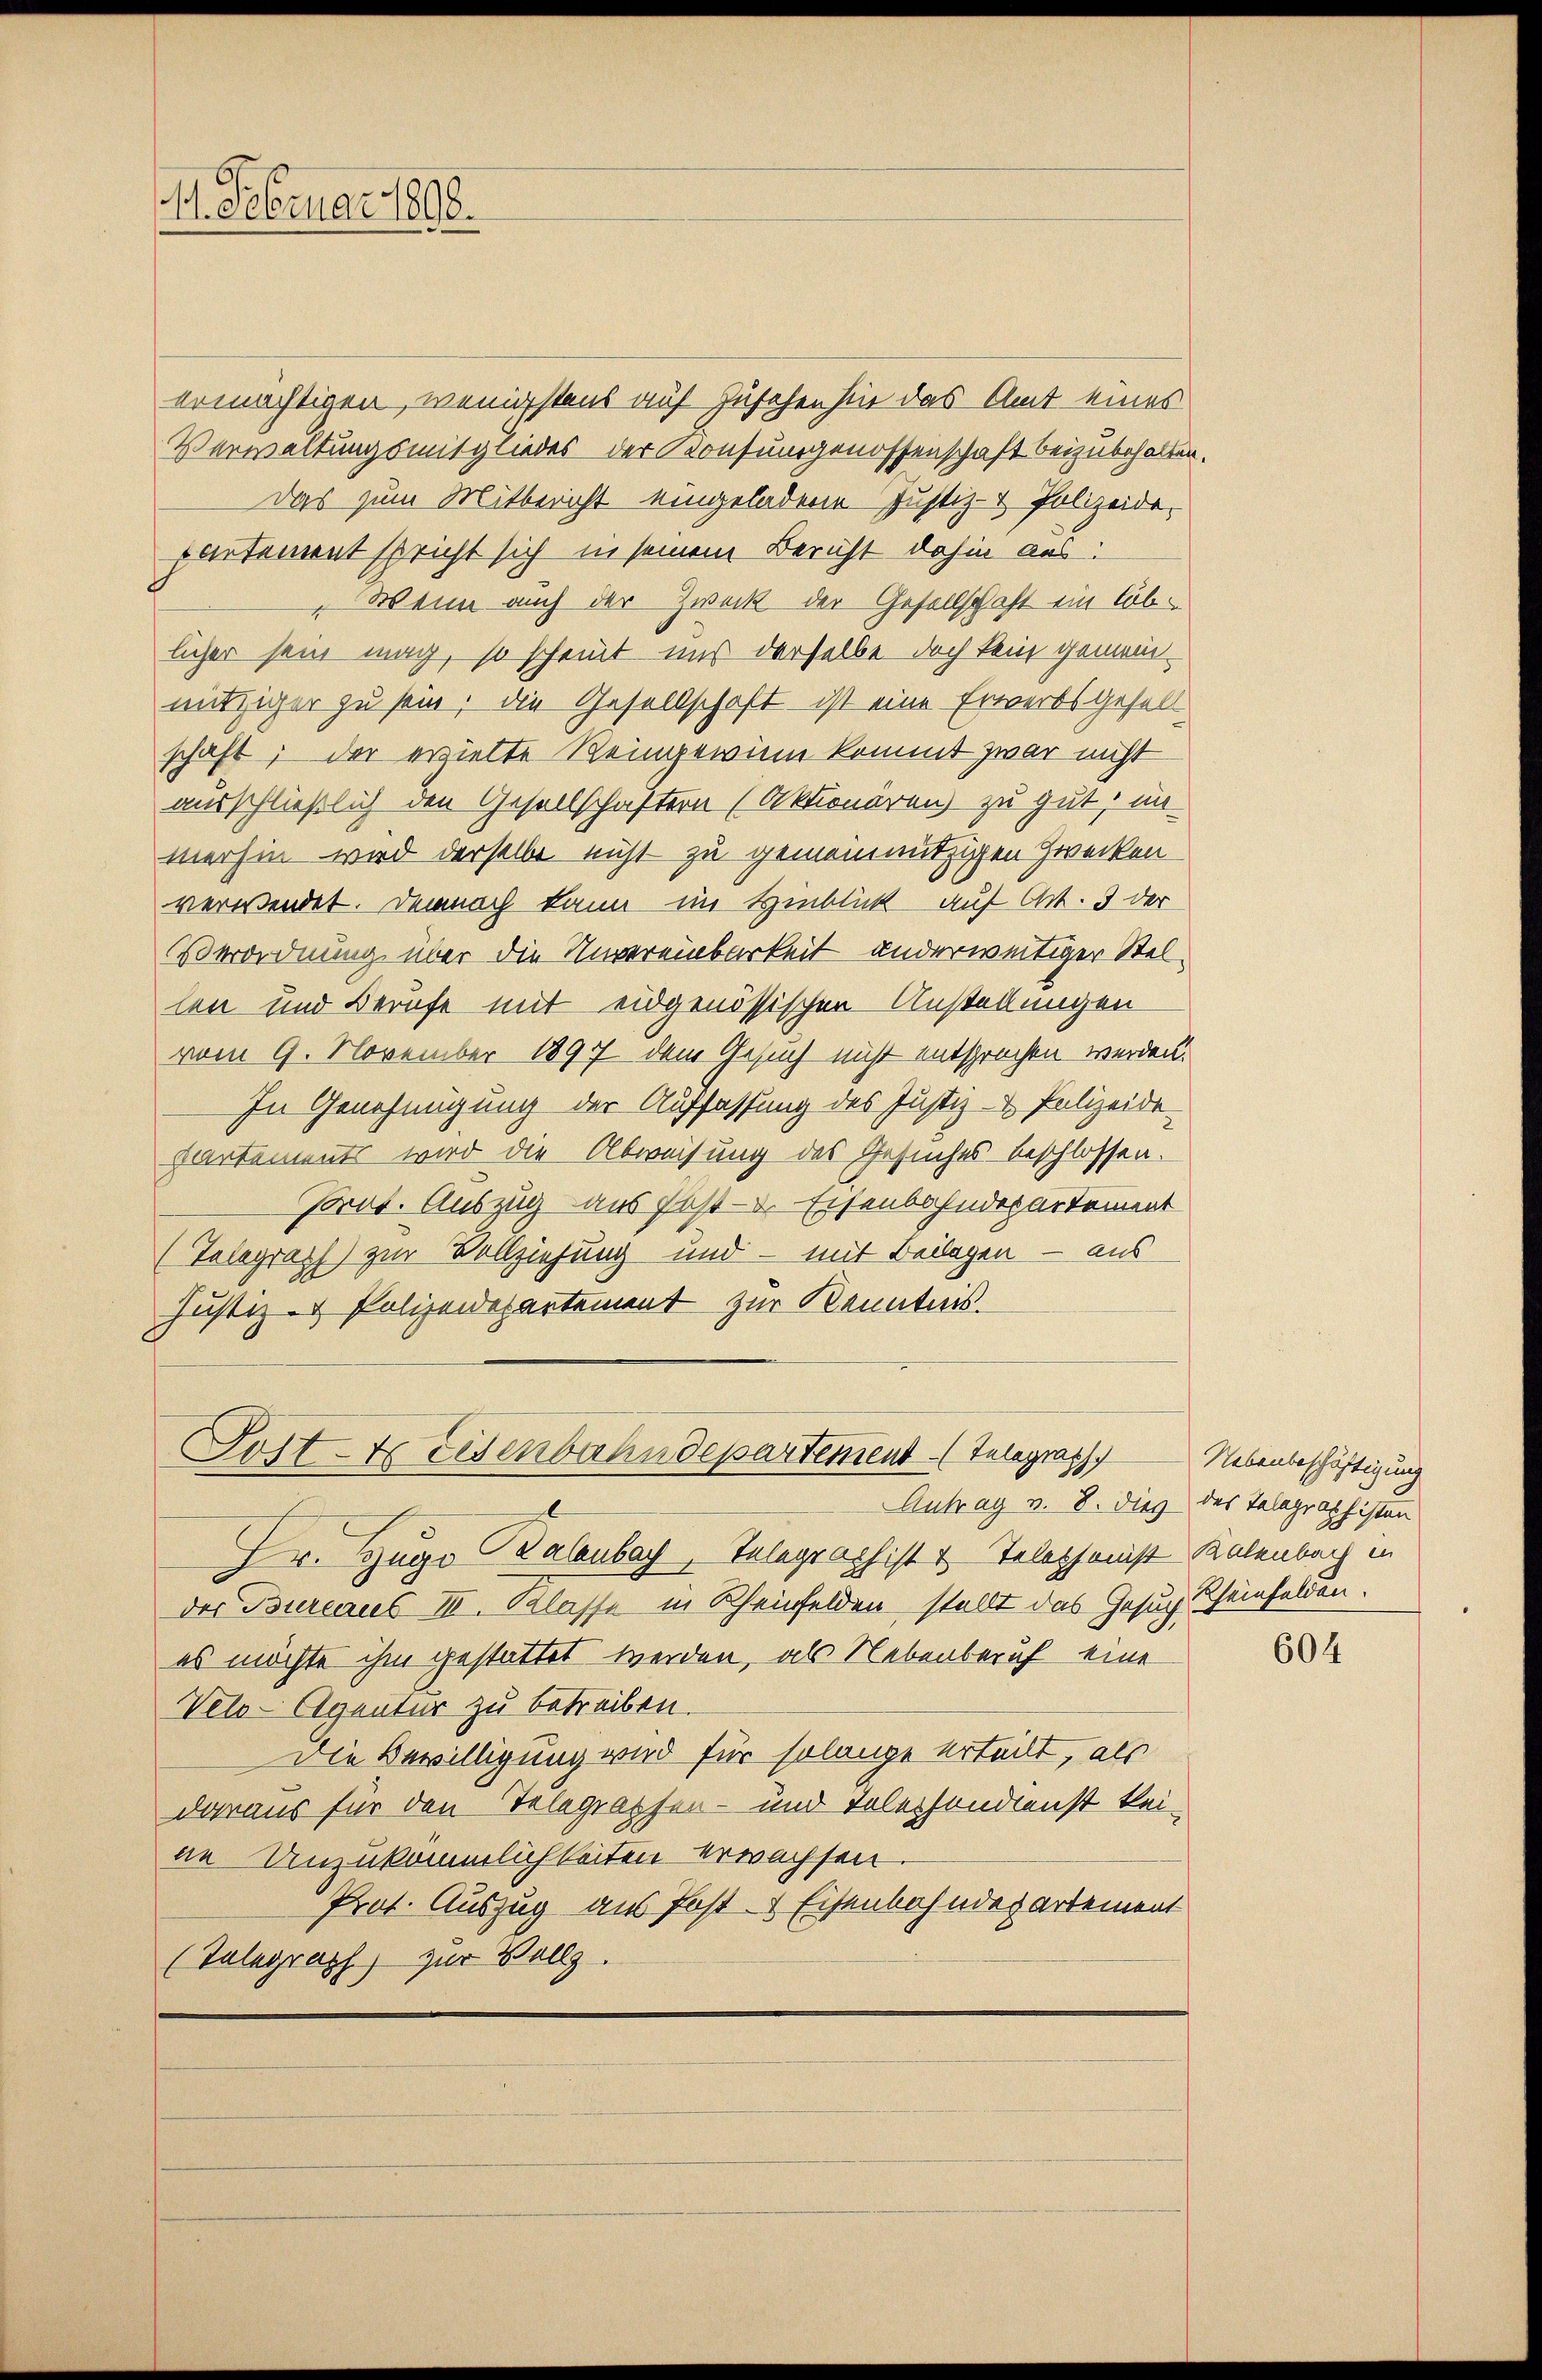
1. Februar 1898.

ermächtigen, wenigstens auf zusehen sie das Amt eines
Verwaltungsmitgliedes der Konsungenossenschaft beizubehalten.
Das zum Mitbericht eingeladene Justiz- & Polizeide,
partement spricht sich in seinem Bericht dahin aus:
Wenn auch der Zweck der Gesellschaft ein loblicher sein mag, so scheint uns derselbe doch kein gemeinnütziger zu sein, die Gesellschaft ist eine Erwerbsgesell
schaft; der evielte Reingewinn kommt zwar nicht
ausschließlich den Gesellschaftern (Aktionären zu gut, un
merhin wird derselbe nicht zu gemeinnützigen Zwecken
verwendet. Demnach kann im Hinblick auf Art. 3 der
Verordnung über die Unvereinbarkeit anderweitiger Stellen und Berufe mit eidgenössischen Anstellungen
vom 9. November 1897 dem Gesuch nicht entsprochen werden.
In Genehmigung der Auffassung des Justiz- & Polizeide-
partements wird die Abweisung des Gesuches beschlossen.
Prot. Auszug aus Just. Eisenbahndepartement
(Telegraph zur Vollziehung und – mit Beilagen – aus
Justiz- & Polizeidepartement zur Kenntnis.

Post- & Eisenbahndepartement Telegraph

Antrag v. 8. dies des Telegraphisten
Dr. Hugo Kalenbach, Telegraphist u. Telephanist Kalenbach in
der Bureaus III. Klasse in Rheinfelden stellt das Gesuch Rheinfelden.
es möchte ihm gestattet werden, als Nebenberuf eine
Velo-Agentur zu betreiben.
Die Bewilligung wird für solange erteilt, als
daraus für den Telegraphen- und Tolesondienst keine Unzukömmlichkeiten erwachsen
Prot. Auszug aus Post- & Eisenbahndepartement
(Telegraph zur Vollz

Nebenbeschäftigung

604